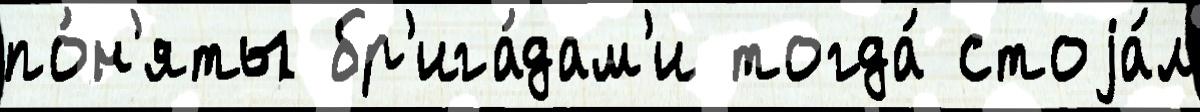
по́н'яты бр'ига́дам'и тогда́ стоjа́л